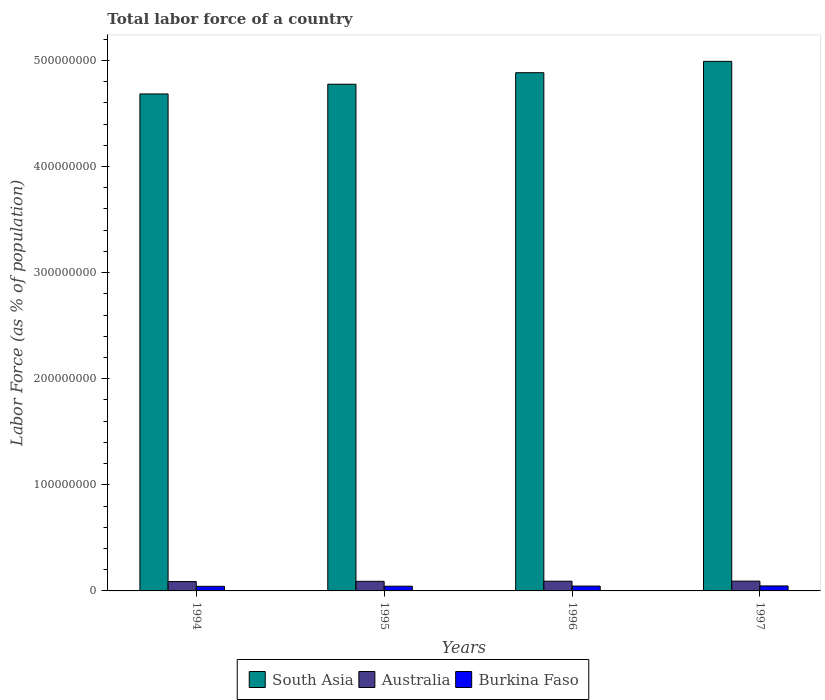
| Years | South Asia | Australia | Burkina Faso |
 | --- | --- | --- | --- |
 | 1994 | 4.68e+08 | 8.83e+06 | 4.31e+06 |
 | 1995 | 4.78e+08 | 9.05e+06 | 4.45e+06 |
 | 1996 | 4.88e+08 | 9.15e+06 | 4.57e+06 |
 | 1997 | 4.99e+08 | 9.22e+06 | 4.7e+06 |